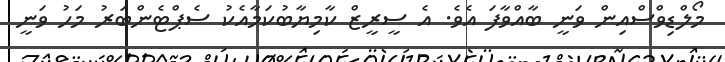
މޯލްޑިވްސްއިން ވަނީ ބާއްވާފަ އެވެ. އެ ސީރީޒް ކާމިޔާބުކަމާއެކު ސެޕްޓެންބަރު މަހު ވަނީ